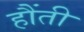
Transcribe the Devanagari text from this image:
हौंती